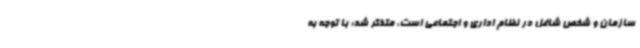
سازمان و شخص شاغل در نظام اداری و اجتماعی است، متذکر شد: با توجه به